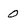
Character: o